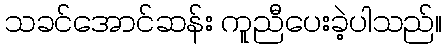
သခင်အောင်ဆန်း ကူညီပေးခဲ့ပါသည်။